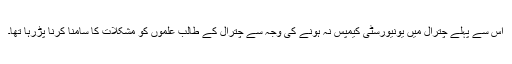
اس سے پہلے چترال میں یونیورسٹی کیمپس نہ ہونے کی وجہ سے چترال کے طالب علموں کو مشکلات کا سامنا کرنا پڑرہا تھا۔